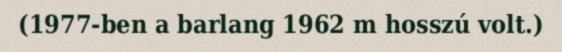
(1977-ben a barlang 1962 m hosszú volt.)